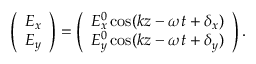
\begin{array} { r } { \left( \begin{array} { c } { E _ { x } } \\ { E _ { y } } \end{array} \right) = \left( \begin{array} { c } { E _ { x } ^ { 0 } \cos ( k z - \omega t + \delta _ { x } ) } \\ { E _ { y } ^ { 0 } \cos ( k z - \omega t + \delta _ { y } ) } \end{array} \right) . } \end{array}